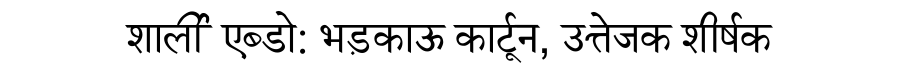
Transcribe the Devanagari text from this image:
शार्ली एब्डो: भड़काऊ कार्टून, उत्तेजक शीर्षक